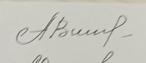
Signature authenticity: genuine